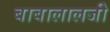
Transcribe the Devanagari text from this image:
बाबालालजी